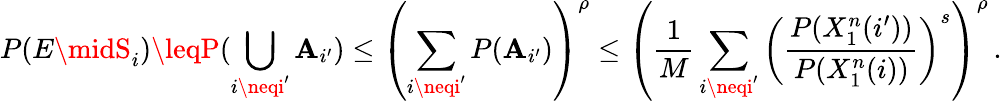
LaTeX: P(E\midS_{i})\leqP(\bigcup_{i\neqi^{\prime}}\mathbf{A}_{i^{\prime}})\leq\left(\sum_{i\neqi^{\prime}}P(\mathbf{A}_{i^{\prime}})\right)^{\rho}\leq\left({\frac{{1}}{{M}}}\sum_{i\neqi^{\prime}}\left({\frac{{P(X_{1}^{n}(i^{\prime}))}}{{P(X_{1}^{n}(i))}}}\right)^{s}\right)^{\rho}\, .